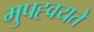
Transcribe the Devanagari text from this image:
मुपह्वयते